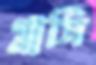
গ্লাসি